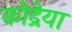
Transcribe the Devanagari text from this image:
कोद्रेया